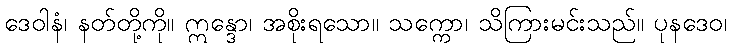
ဒေဝါနံ၊ နတ်တို့ကို။ ဣန္ဒော၊ အစိုးရသော။ သက္ကော၊ သိကြားမင်းသည်။ ပုနဒေဝ၊